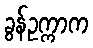
ခွန်ဥက္ကာက